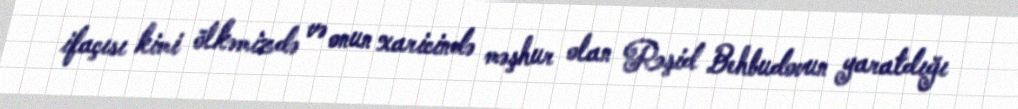
ifaçısı kimi ölkəmizdə və onun xaricində məşhur olan Rəşid Behbudovun yaratdığı